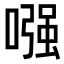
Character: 𠼢